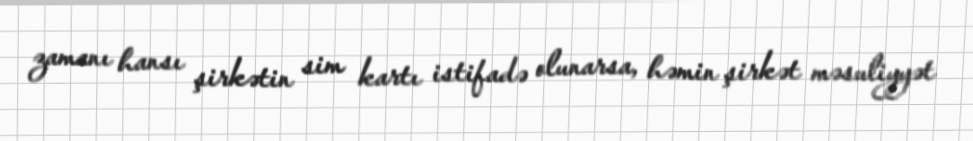
zamanı hansı şirkətin sim kartı istifadə olunarsa, həmin şirkət məsuliyyət